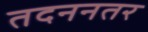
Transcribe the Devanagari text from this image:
तदननतर